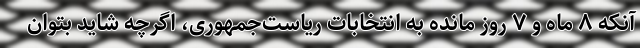
آنکه ۸ ماه و ۷ روز مانده به انتخابات ریاست‌جمهوری، اگرچه شاید بتوان